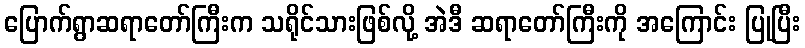
ပြောက်ရွာဆရာတော်ကြီးက သရိုင်သားဖြစ်လို့ အဲဒီ ဆရာတော်ကြီးကို အကြောင်း ပြုပြီး